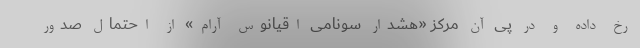
رخ داده و در پی آن مرکز «هشدار سونامی اقیانوس آرام» از احتمال صدور